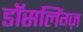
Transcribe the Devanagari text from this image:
डॉसलिंग्ज़